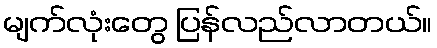
မျက်လုံးတွေ ပြန်လည်လာတယ်။